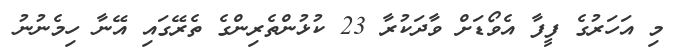
މި އަހަރުގެ ފީފާ އެވޯޑަށް ވާދަކުރާ 23 ކުޅުންތެރިންގެ ތެރޭގައި އޭނާ ހިމެނުނު